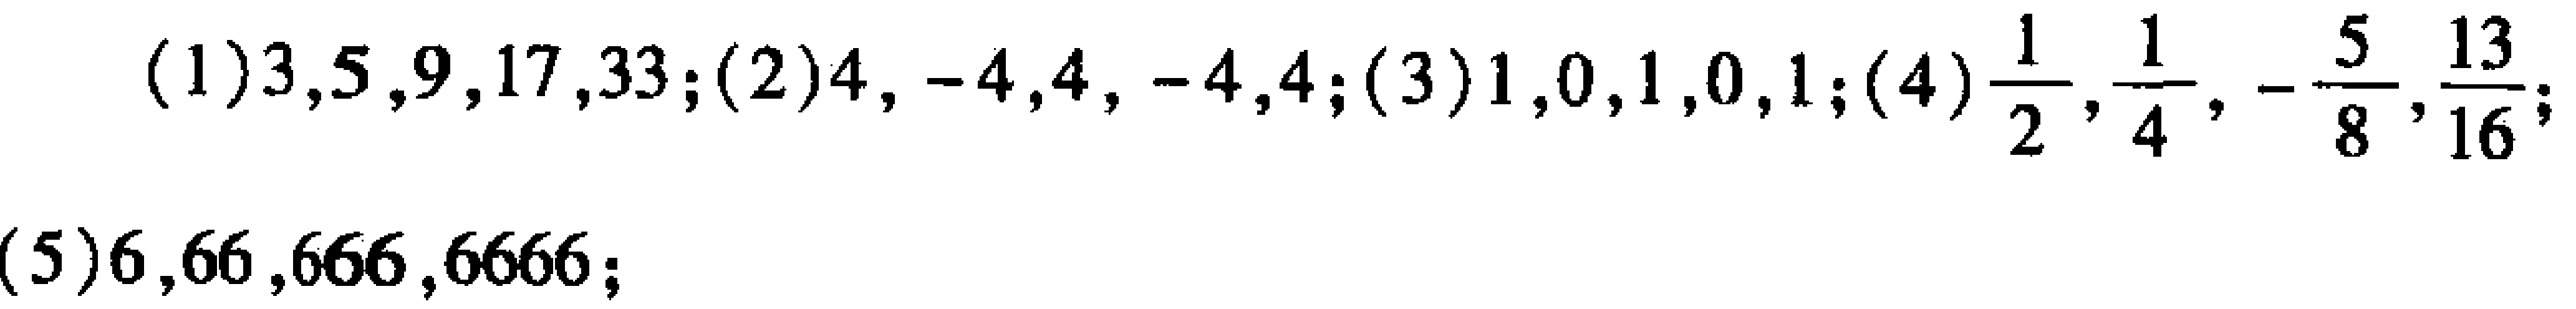
(1)$3,5,9,17,33$; (2)$4, -4,4, -4,4$; (3)$1,0,1,0,1$; (4)$\frac{1}{2},\frac{1}{4}, -\frac{5}{8},\frac{13}{16}$; (5)$6,66,666,6666$;